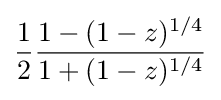
{\dfrac {1}{2}}{\dfrac {1-(1-z)^{1/4}}{1+(1-z)^{1/4}}}